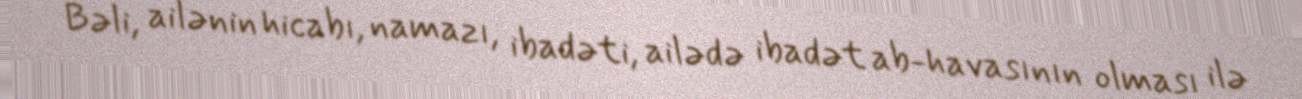
Bəli, ailənin hicabı, namazı, ibadəti, ailədə ibadət ab-havasının olması ilə